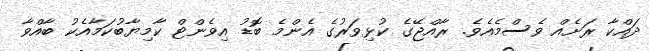
ދައްކާ ރަށެއް ވެސްމެއެވެ. ރާއްޖޭގެ ކުޅިވަރުގެ އެންމެ ބޮޑު އިވެންޓް ކާމިޔާބުކަމާއެކު ބާއްވާ